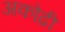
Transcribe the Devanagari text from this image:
अकोढी